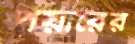
পয়ারের